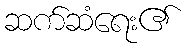
ဆက်ဆံရေး၏